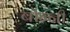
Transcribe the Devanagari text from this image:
बोन्‍नी